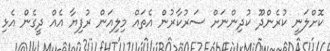
ކޮށްލަނީ ކުރެންދޫ ކުދިންނަށް ސަރުކާރުން އެތައް މިލިއަން ރުފިޔާ އެއް ދީގެން އެޅި